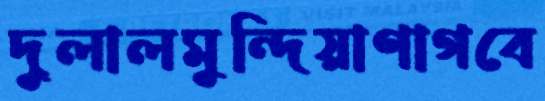
দুলালমুন্দিয়াণাগবে